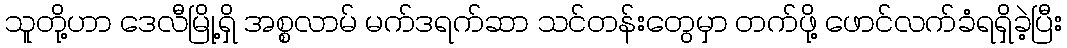
သူတို့ဟာ ဒေလီမြို့ရှိ အစ္စလာမ် မက်ဒရက်ဆာ သင်တန်းတွေမှာ တက်ဖို့ ဖောင်လက်ခံရရှိခဲ့ပြီး